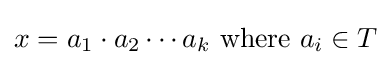
x=a_{1}\cdot a_{2}\cdots a_{k}{\text{ where }}a_{i}\in T